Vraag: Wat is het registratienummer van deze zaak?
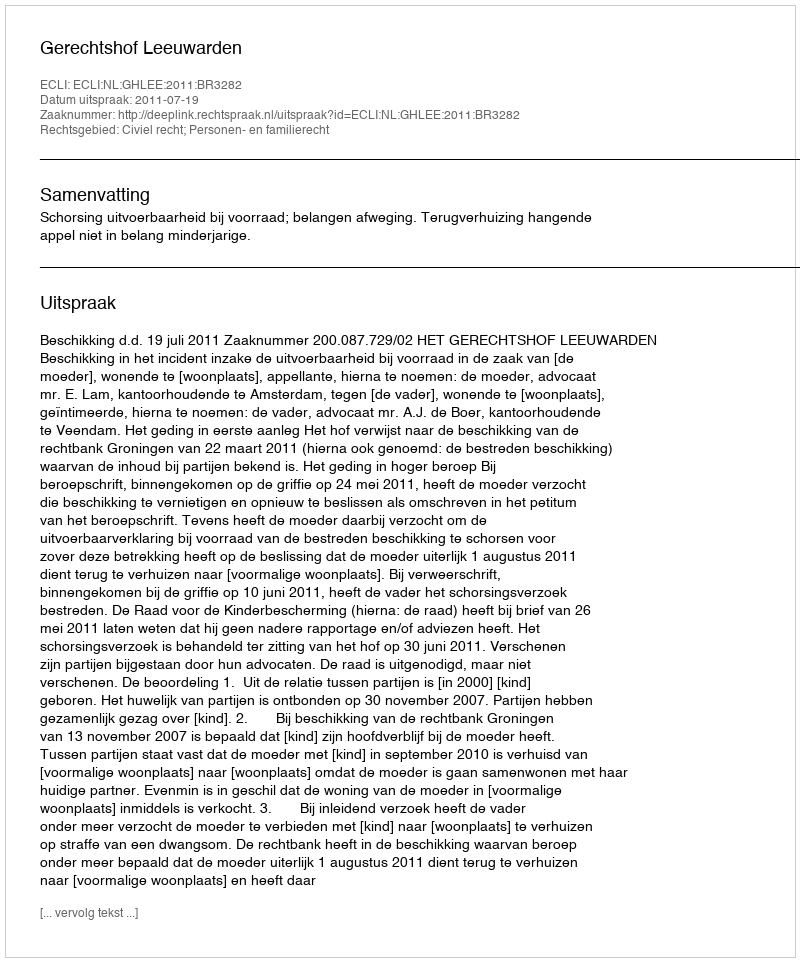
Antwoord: http://deeplink.rechtspraak.nl/uitspraak?id=ECLI:NL:GHLEE:2011:BR3282